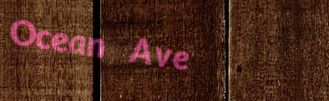
Ocean Ave